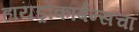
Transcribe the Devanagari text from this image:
हायड्रोकार्बन्सचा